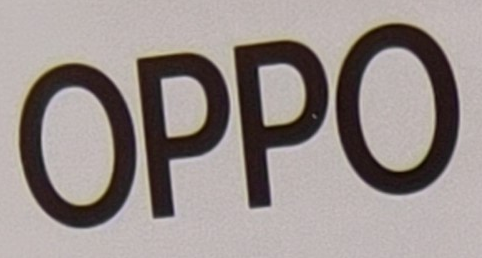
OPPO